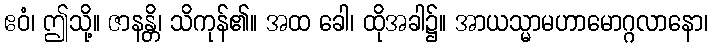
ဧဝံ၊ ဤသို့။ ဇာနန္တိ၊ သိကုန်၏။ အထ ခေါ၊ ထိုအခါ၌။ အာယသ္မာမဟာမောဂ္ဂလာနော၊